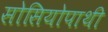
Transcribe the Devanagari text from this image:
सोसियोपाथी